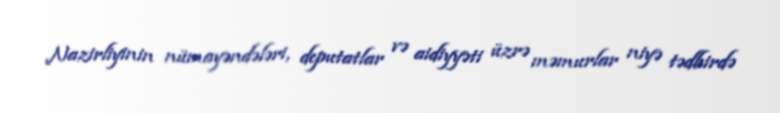
Nazirliyinin nümayəndələri, deputatlar və aidiyyəti üzrə məmurlar niyə tədbirdə